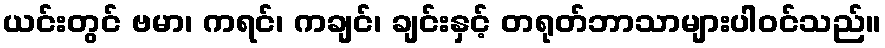
ယင်းတွင် ဗမာ၊ ကရင်၊ ကချင်၊ ချင်းနှင့် တရုတ်ဘာသာများပါဝင်သည်။